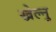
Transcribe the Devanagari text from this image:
खेल्नु